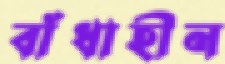
বাঁধাহীন